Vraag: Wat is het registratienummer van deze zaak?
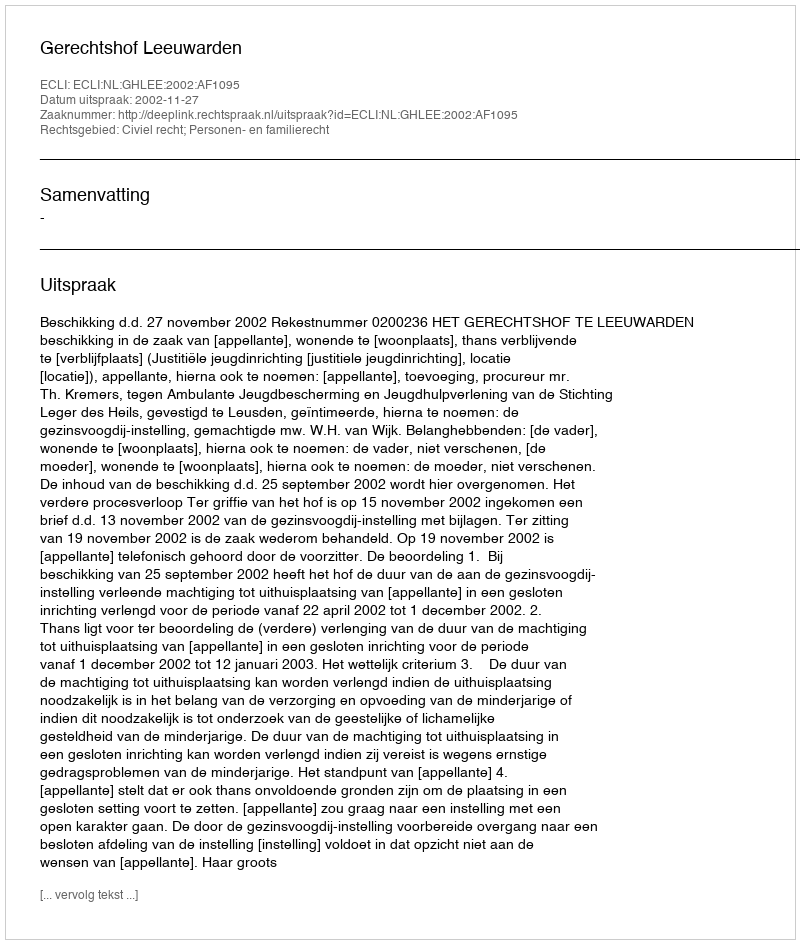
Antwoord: http://deeplink.rechtspraak.nl/uitspraak?id=ECLI:NL:GHLEE:2002:AF1095